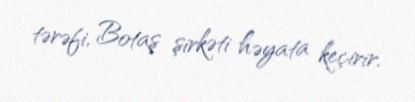
tərəfi, Botaş şirkəti həyata keçirir.